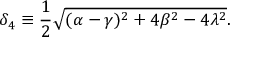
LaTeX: \delta _ { 4 } \equiv \frac { 1 } { 2 } \sqrt { ( \alpha - \gamma ) ^ { 2 } + 4 \beta ^ { 2 } - 4 \lambda ^ { 2 } } .